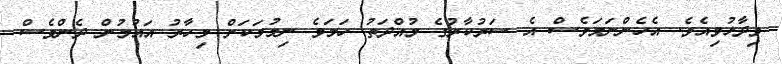
ވިދާޅުވިއެވެ. އެހެންނަމަވެސް އެ ސަރުކާރުގެ މުއްދަތު ހަމަވެ ނިމުމަކަށް މިހާރު އައުމުން ދެންވެސް